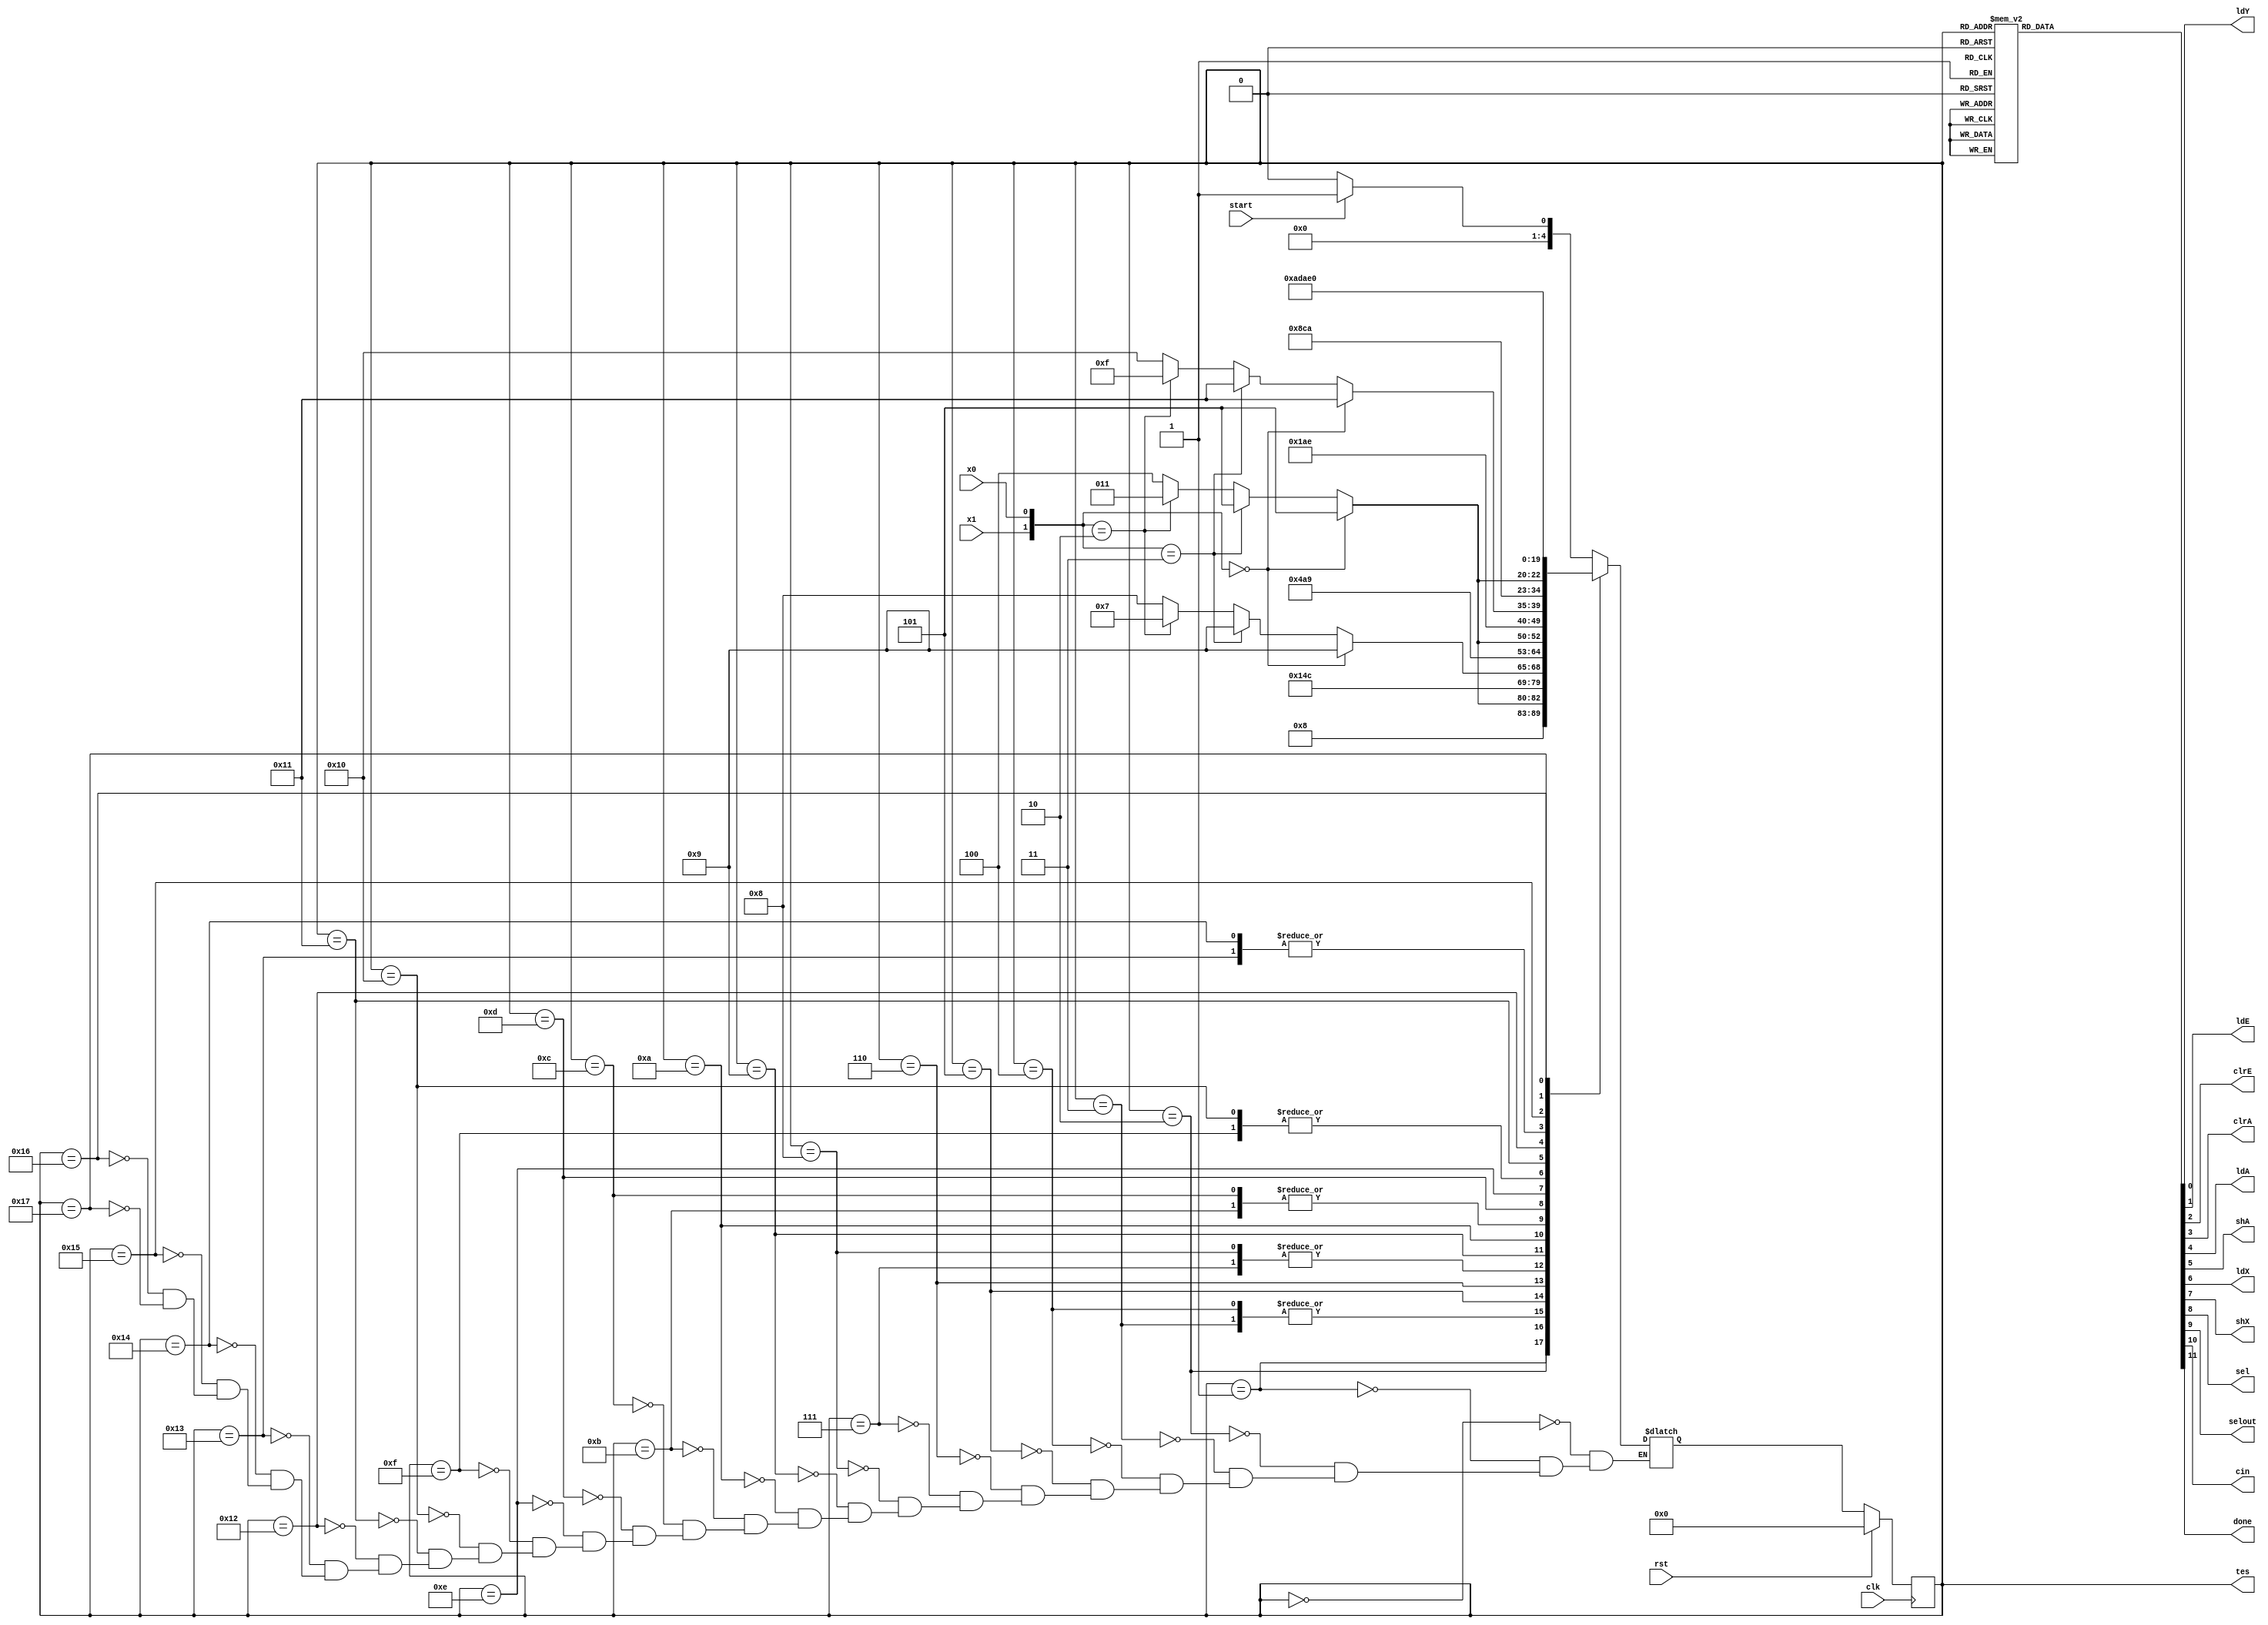
`define   S0      5'b00000
`define   S1      5'b00001
`define   S2      5'b00010
`define   S3      5'b00011
`define   S4      5'b00100
`define   S5      5'b00101
`define   S6      5'b00110
`define   S7      5'b00111
`define   S8      5'b01000
`define   S9      5'b01001
`define   S10     5'b01010
`define   S11     5'b01011
`define   S12     5'b01100
`define   S13     5'b01101
`define   S14     5'b01110
`define   S15     5'b01111
`define   S16     5'b10000
`define   S17     5'b10001
`define   S18     5'b10010
`define   S19     5'b10011
`define   S20     5'b10100
`define   S21     5'b10101
`define   S22     5'b10110
`define   S23     5'b10111

module controller (start, x1, x0, rst, clk, ldY, ldE, clrE, clrA, ldA, shA, ldX, shX, sel, selout, cin, done, tes);
  input start, x1, x0, rst, clk;
  output ldY, ldE, clrE, clrA, ldA, shA, ldX, shX, sel, selout, cin, done;
  output [4:0] tes;
  reg ldY, ldE, clrE, clrA, ldA, shA, ldX, shX, sel, selout, cin, done;
  
  reg [4:0] ps = 5'b0, ns = 5'b0;

  assign tes = ps;
  
  // Sequential part 
  always @(posedge clk)
    if (rst)
      ps <= 5'b00000;
    else
      ps <= ns;
      
  always @(ps or start or x1 or x0)
  begin
    case (ps)
      `S0:  ns = start ? `S1 : `S0;
      `S1:  ns = `S2;
      `S2:  ns = ({x1, x0} == 2'b00) ? `S5 :
		 ({x1, x0} == 2'b11) ? `S5 :
		 ({x1, x0} == 2'b10) ? `S3 : `S4;
      `S3:  ns = `S5;
      `S4:  ns = `S5;
      `S5:  ns = `S6;
      `S6:  ns = ({x1, x0} == 2'b00) ? `S9 :
		 ({x1, x0} == 2'b11) ? `S9 :
		 ({x1, x0} == 2'b10) ? `S7 : `S8;
      `S7:  ns = `S9;
      `S8:  ns = `S9;
      `S9:  ns =`S10;
      `S10: ns = ({x1, x0} == 2'b00) ? `S13 :
		 ({x1, x0} == 2'b11) ? `S13 :
		 ({x1, x0} == 2'b10) ? `S11 : `S12;
      `S11: ns = `S13;
      `S12: ns = `S13;
      `S13: ns = `S14;
      `S14: ns = ({x1, x0} == 2'b00) ? `S17 :
		 ({x1, x0} == 2'b11) ? `S17 :
		 ({x1, x0} == 2'b10) ? `S15 : `S16;
      `S15: ns = `S17;
      `S16: ns = `S17;
      `S17: ns =`S18;
      `S18: ns = ({x1, x0} == 2'b00) ? `S21 :
		 ({x1, x0} == 2'b11) ? `S21 :
		 ({x1, x0} == 2'b10) ? `S19 : `S20;
      `S19: ns = `S21;
      `S20: ns = `S21;
      `S21: ns = `S22;
      `S22: ns = `S23;
      `S23: ns = `S0;
    endcase
  end
  
  always @(ps)
  begin
    {clrE, ldE, clrA, ldA, shA, ldX, shX, ldY, sel, selout, cin, done} = 11'b000_0000_0000;
    case (ps)
      `S0: ;
      `S1: {ldX, clrA, clrE} = 3'b111;
      `S2: ldY = 1'b1;
      `S3: {ldA, sel, cin} = 3'b111;
      `S4: {ldA} = 1'b1;
      `S5: {shA, shX, ldE} = 3'b111;
      `S6: ;
      `S7: {ldA, sel, cin} = 3'b111;
      `S8: {ldA} = 1'b1;
      `S9: {shA, shX, ldE} = 3'b111;
      `S10: ;
      `S11: {ldA, sel, cin} = 3'b111;
      `S12: {ldA} = 1'b1;
      `S13: {shA, shX, ldE} = 3'b111;
      `S14: ;
      `S15: {ldA, sel, cin} = 3'b111;
      `S16: {ldA} = 1'b1;
      `S17: {shA, shX, ldE} = 3'b111;
      `S18: ;
      `S19: {ldA, sel, cin} = 3'b111;
      `S20: {ldA} = 1'b1;
      `S21: {shA, shX, ldE} = 3'b111;
      `S22: done = 1'b1;
      `S23: {selout , done} = 2'b11;
    endcase
  end
  
endmodule